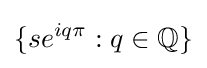
\{se^{iq\pi }:q\in \mathbb {Q} \}